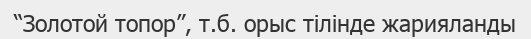
“Золотой топор”, т.б. орыс тілінде жарияланды